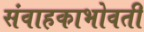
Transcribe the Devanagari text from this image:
संवाहकाभोवती